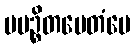
ပပဉ္စိတမေတံပေ